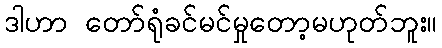
ဒါဟာ တော်ရုံခင်မင်မှုတော့မဟုတ်ဘူး။